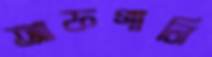
আফগানি